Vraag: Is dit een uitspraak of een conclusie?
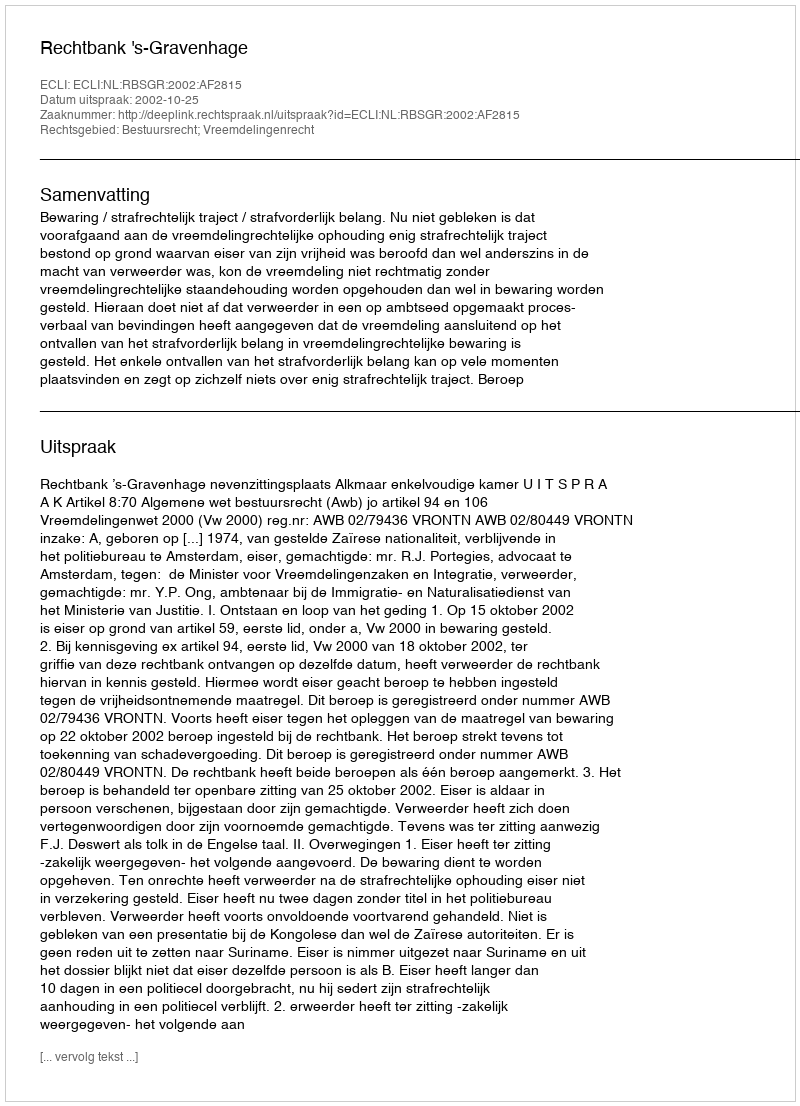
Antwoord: Uitspraak